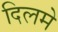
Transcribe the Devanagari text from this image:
दिलमे